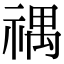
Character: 禑